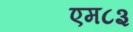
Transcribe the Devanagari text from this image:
एम८३